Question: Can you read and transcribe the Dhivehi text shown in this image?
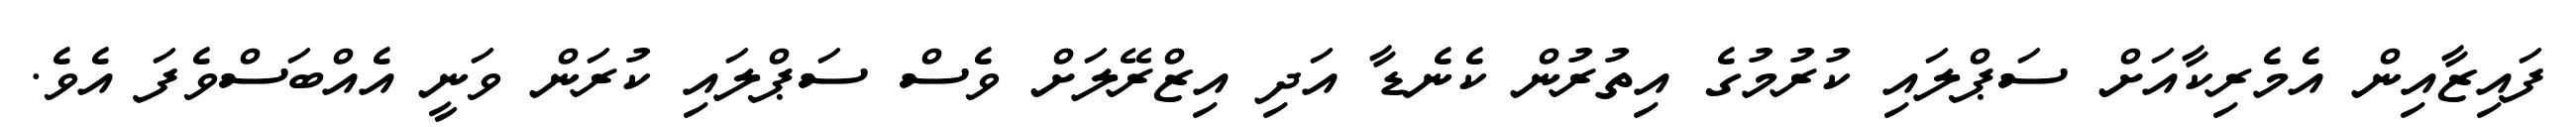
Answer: ފައިޒާއިން އެމެރިކާއަށް ސަޕްލައި ކުރުމުގެ އިތުރުން ކެނެޑާ އަދި އިޒްރޭލަށް ވެސް ސަޕްލައި ކުރަން ވަނީ އެއްބަސްވެފަ އެވެ.